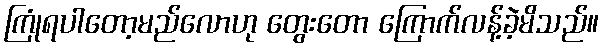
ကြုံရပါတော့မည်လောဟု တွေးတော ကြောက်လန့်ခဲ့မိသည်။